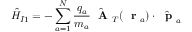
\hat { H } _ { I 1 } = - \sum _ { a = 1 } ^ { N } \frac { q _ { a } } { m _ { a } } \hat { \mathrm { ~ \bf ~ A ~ } } _ { T } ( \mathrm { ~ \bf ~ r ~ } _ { a } ) \cdot \hat { \mathrm { ~ \bf ~ p ~ } } _ { a }